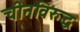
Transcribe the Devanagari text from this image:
चीनविरुद्ध